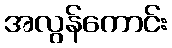
အလွန်ကောင်း